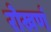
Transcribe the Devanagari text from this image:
रोखणं